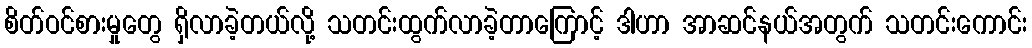
စိတ်ဝင်စားမှုတွေ ရှိလာခဲ့တယ်လို့ သတင်းထွက်လာခဲ့တာကြောင့် ဒါဟာ အာဆင်နယ်အတွက် သတင်းကောင်း